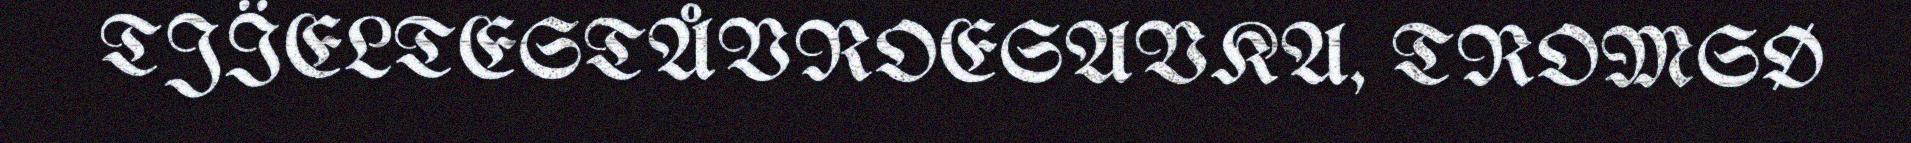
TJÏELTESTÅVROESAVKA, TROMSØ